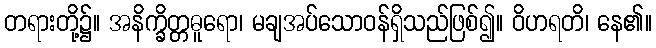
တရားတို့၌။ အနိက္ခိတ္တဓူရော၊ မချအပ်သောဝန်ရှိသည်ဖြစ်၍။ ဝိဟရတိ၊ နေ၏။